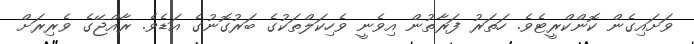
ވަށައިގެން ކޮންކްރީޓެވެ. ހަތަރު ފަރާތުން އިވެނީ ވެހިކަލްތަކުގެ ބަރުގޮނުގެ އަޑެވެ. ރާއްޖޭގެ ވެރިރަށް